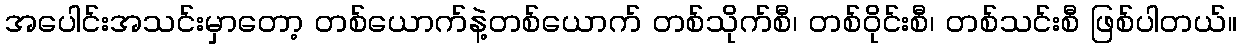
အပေါင်းအသင်းမှာတော့ တစ်ယောက်နဲ့တစ်ယောက် တစ်သိုက်စီ၊ တစ်ဝိုင်းစီ၊ တစ်သင်းစီ ဖြစ်ပါတယ်။